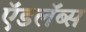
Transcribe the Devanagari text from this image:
ऍडलॅब्स